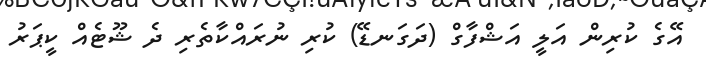
އޭގެ ކުރިން އަލީ އަޝްފާގް (ދަގަނޑޭ) ކުރި ނުރައްކާތެރި ދެ ޝޫޓެއް ކީޕަރު